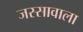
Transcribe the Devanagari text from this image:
जस्‍सावाला